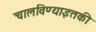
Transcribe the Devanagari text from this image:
चालविण्याइतकी